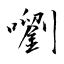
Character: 嚠